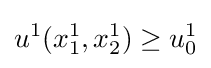
u^{1}(x_{1}^{1},x_{2}^{1})\geq u_{0}^{1}